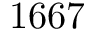
1 6 6 7